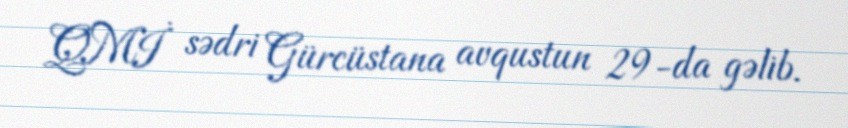
QMİ sədri Gürcüstana avqustun 29-da gəlib.